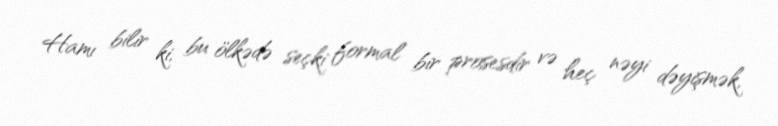
Hamı bilir ki, bu ölkədə seçki formal bir prosesdir və heç nəyi dəyişmək,